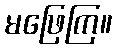
မဖြေကြ။